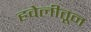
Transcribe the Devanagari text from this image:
हवेलीतून